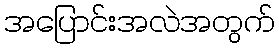
အပြောင်းအလဲအတွက်